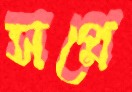
সপ্নে